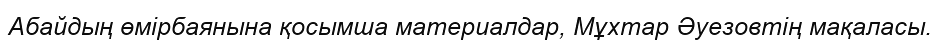
Абайдың өмірбаянына қосымша материалдар, Мұхтар Әуезовтің мақаласы.